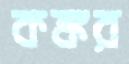
কঙ্কর